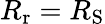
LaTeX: R_{\mathrm{r}}=R_{\mathrm{S}}